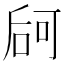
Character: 𠵲